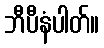
ဘီပီနံပါတ်။